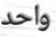
واحد